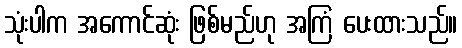
သုံးပါက အကောင်ဆုံး ဖြစ်မည်ဟု အကြံ ပေးထားသည်။